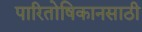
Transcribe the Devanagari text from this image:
पारितोषिकानसाठी